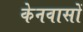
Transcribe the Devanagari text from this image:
केनवासों